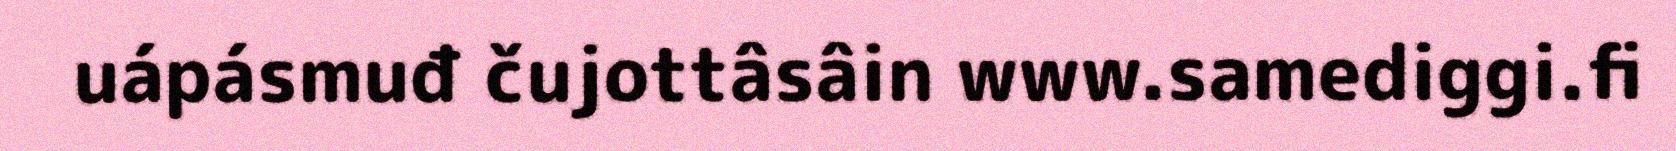
uápásmuđ čujottâsâin www.samediggi.fi